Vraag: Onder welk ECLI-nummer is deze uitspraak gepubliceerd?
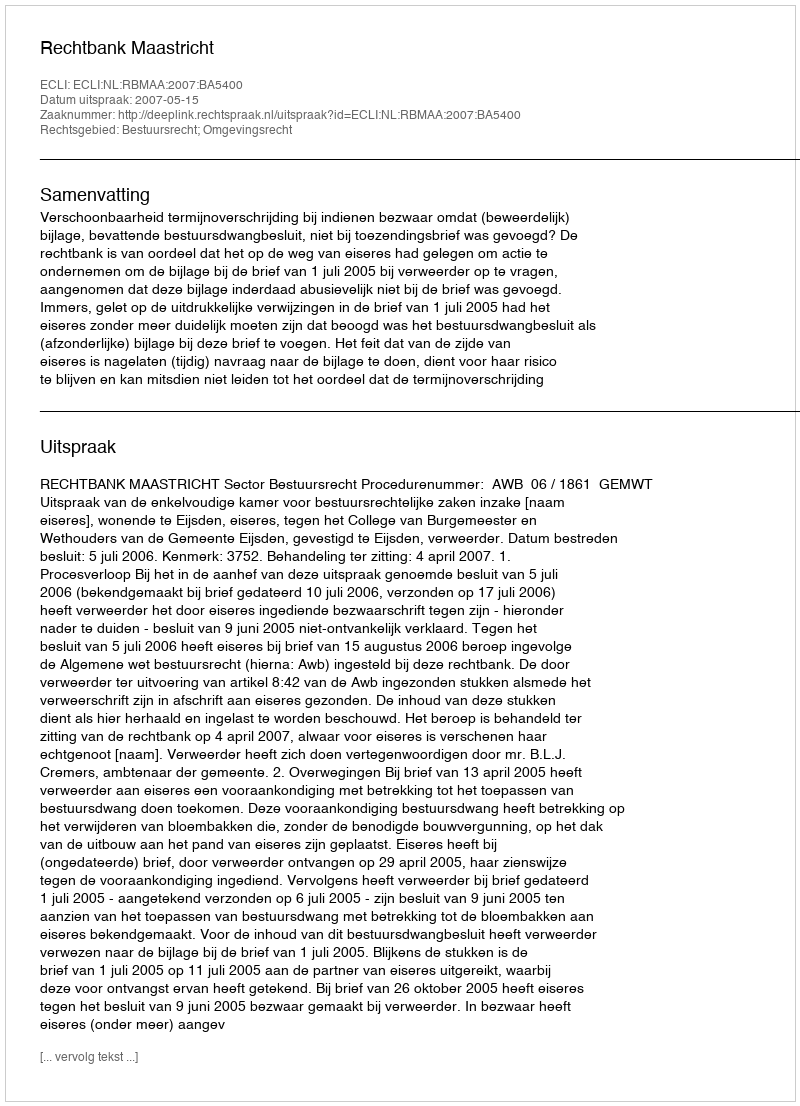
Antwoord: ECLI:NL:RBMAA:2007:BA5400